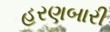
હરણબારી